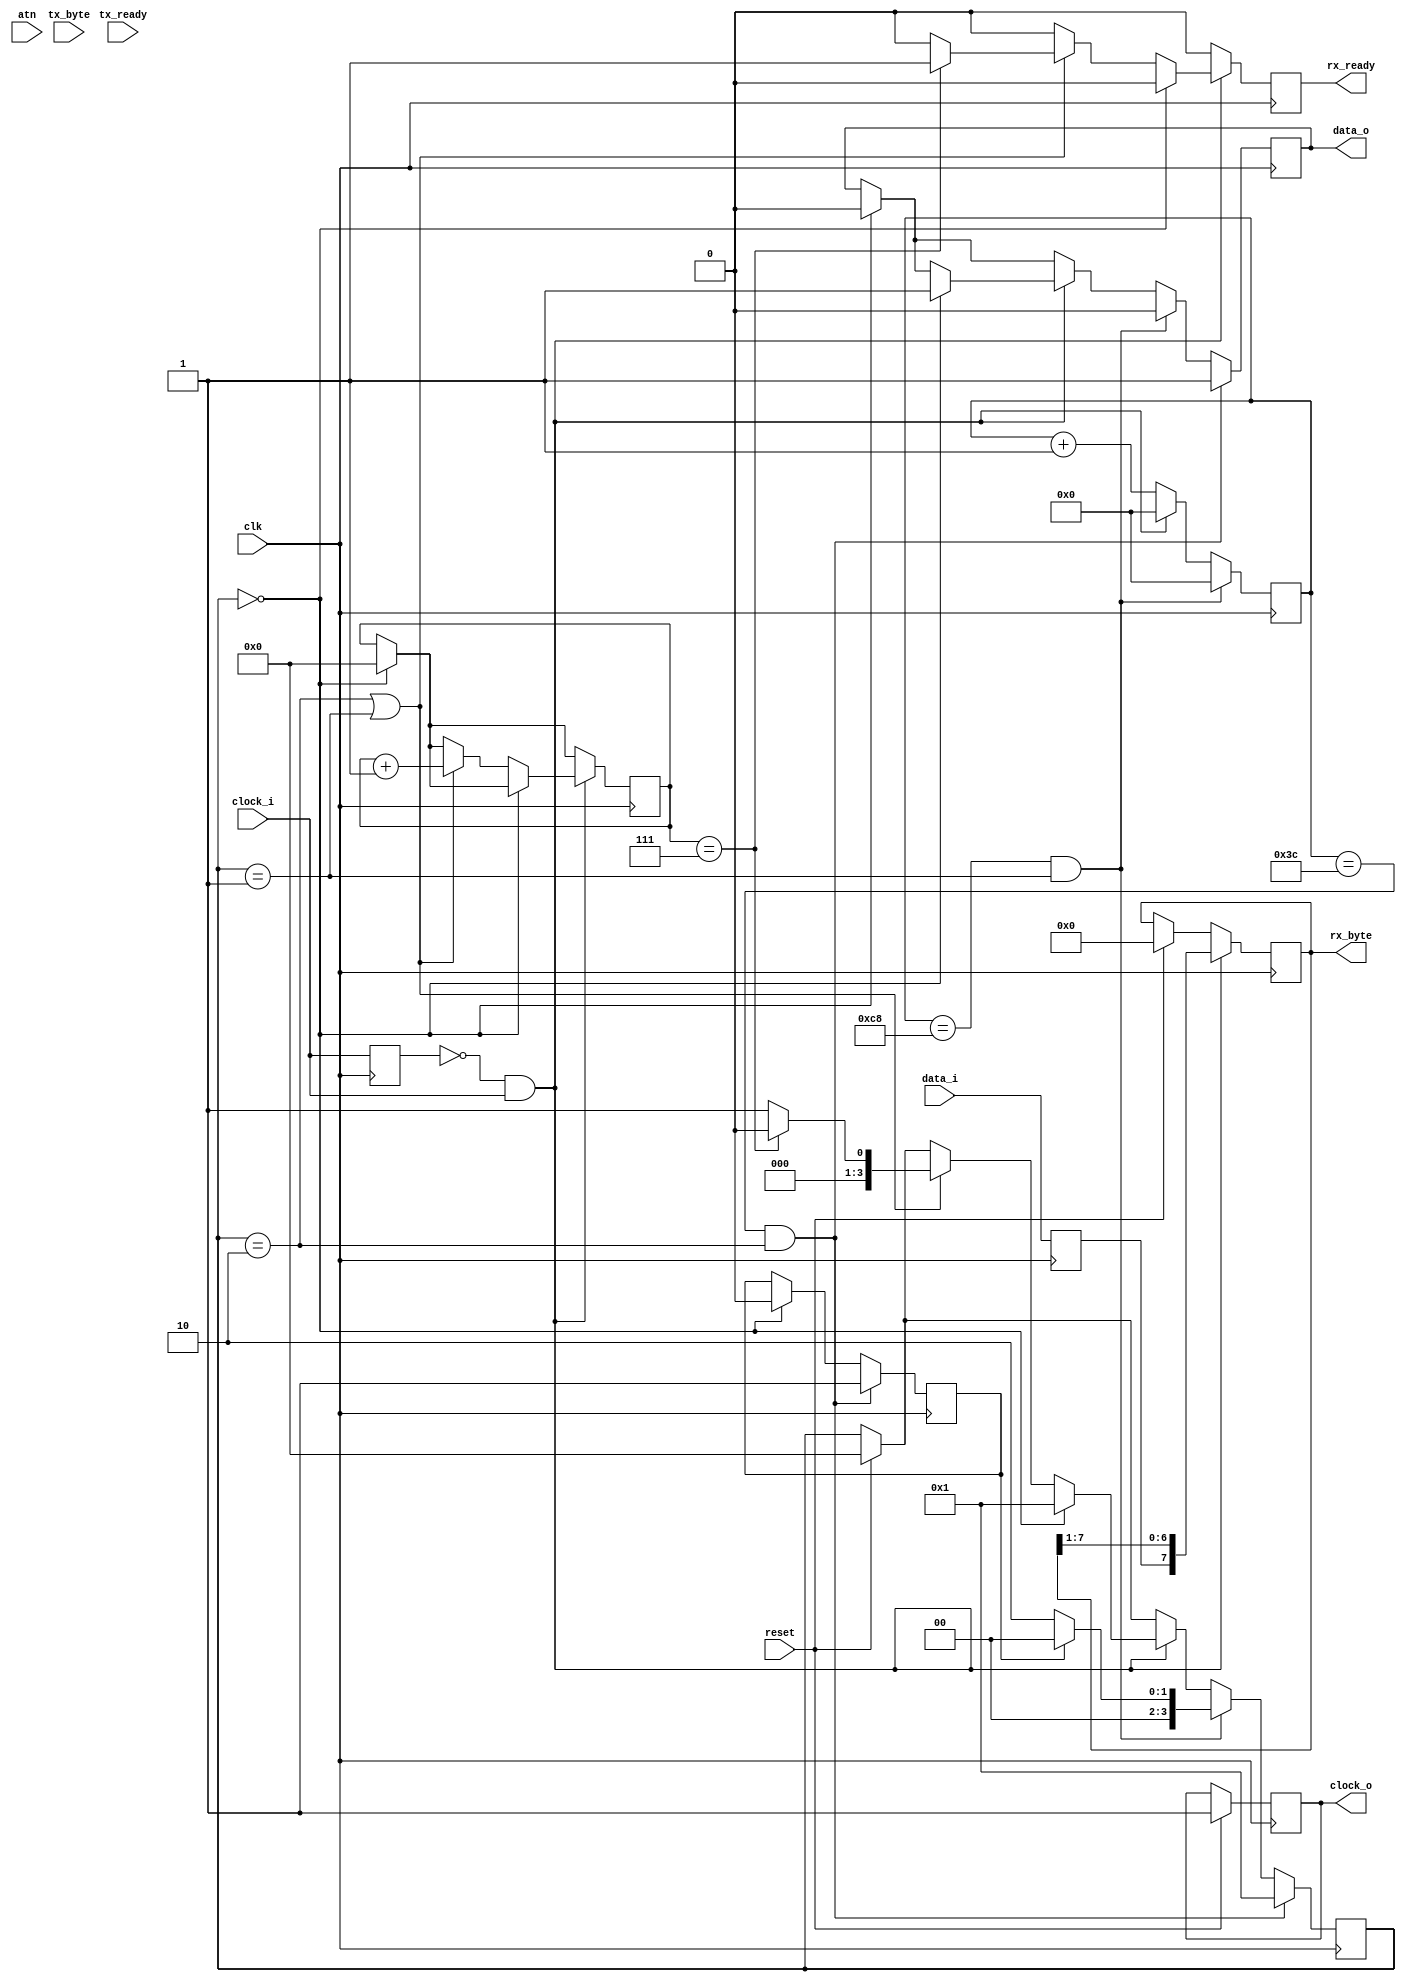
// Copyright 2022 Anders Lynge Esbensen. All rights reserved.
// Use of this source code is governed by a BSD-style
// license that can be found in the LICENSE file.

module iec (
           input reset,
           input clk,
           input atn,
           input clock_i,
           input data_i,
           output reg clock_o,
           output reg data_o,

           input[7:0] tx_byte,
           input tx_ready,

           output reg[7:0] rx_byte,
           output reg rx_ready
       );

localparam [3:0] 
           IDLE = 0,
           RX = 1,
           EOI = 2;

reg[3:0] state;
reg[9:0] cnt;
reg[7:0] buffer;
reg[3:0] bit_cnt;

reg last_clk;
reg last_dat;

reg eoi;

always @(posedge clk ) begin
    if(reset) begin
        state <= IDLE;
        rx_byte <=0;
        rx_ready <=0;
        clock_o <= 1;
    end

    cnt <= cnt + 1;
    last_clk <= clock_i;
    last_dat <= data_i;

    //Falling edge
    if(state == IDLE) begin
        bit_cnt <= 0;
        eoi <= 0;
        data_o <= 0;
        rx_ready <= 0;     
    end
    
    if(rx_ready) rx_ready <= 0;

    //Rising edge of input clock
    if(!last_clk && clock_i) begin
        //shift RX byte
        rx_byte <= {last_dat, rx_byte[7:1]};
        cnt <= 0;
        if(state == IDLE) begin
            state <= RX;
            data_o <= 1;
        end else if( (state == EOI) || (state == RX)) begin
            bit_cnt <= bit_cnt + 1;            
            
            if(bit_cnt == 7) begin
                rx_ready <=1;
                state <= IDLE;
            end else
                state <= RX;
        end 
    end

    //Receive timeout
    if((cnt == 200) && (state == RX)) begin
        state <=  eoi ? IDLE : EOI;
        data_o <= 0;
        cnt <= 0;
    end

    if((cnt == 60) && (state == EOI)) begin
        state <= RX;
        data_o <= 1;
        eoi <= 1;
    end

end
endmodule